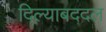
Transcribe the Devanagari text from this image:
दिल्याबददल